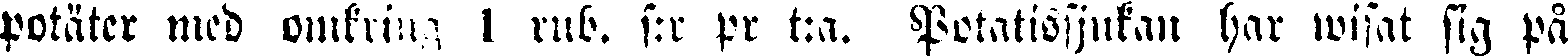
potäter med omkring 1 rub. s:r pr t:a. Potatissjukan har wisat sig på